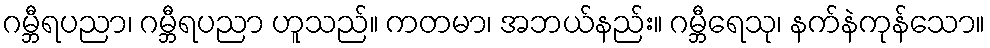
ဂမ္ဘီရပညာ၊ ဂမ္ဘီရပညာ ဟူသည်။ ကတမာ၊ အဘယ်နည်း။ ဂမ္ဘီရေသု၊ နက်နဲကုန်သော။